Annual statistical returns and brief notes on vaccination in Bengal - 1909-1929
Year: 1909
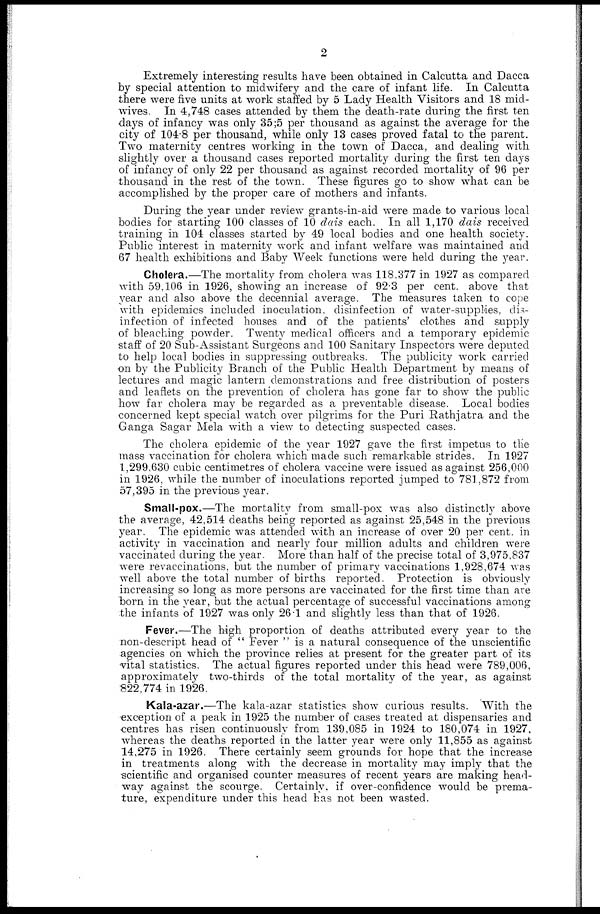
2
Extremely interesting results have been obtained in Calcutta and Dacca
by special attention to midwifery and the care of infant life. In Calcutta
there were five units at work staffed by 5 Lady Health Visitors and 18 mid-
wives. In 4,748 cases attended by them the death-rate during the first ten
days of infancy was only 35 ;5 per thousand as against the average for the
city of 104.8 per thousand, while only 13 cases proved fatal to the parent.
Two maternity centres working in the town of Dacca, and dealing with
slightly over a thousand cases reported mortality during the first ten days
of infancy of only 22 per thousand as against recorded mortality of 96 per
thousand in the rest of the town. These figures go to show what can be
accomplished by the proper care of mothers and infants.
During the year under review grants-in-aid were made to various local
bodies for starting 100 classes of 10 dais each. In all 1,170 dais received
training in 104 classes started by 49 local bodies and one health society.
Public interest in maternity work and infant welfare was maintained and
67 health exhibitions and Baby Week functions were held during the year.
Cholera.—The mortality from cholera was 118.377 in 1927 as compared
with 59,106 in 1926, showing an increase of 92.3 per cent. above that
year and also above the decennial average. The measures taken to cope
with epidemics included inoculation, disinfection of water-supplies, dis-
infection of infected houses and of the patients' clothes and supply
of bleaching powder. Twenty medical officers and a temporary epidemic
staff of 20 Sub-Assistant Surgeons and 100 Sanitary Inspectors were deputed
to help local bodies in suppressing outbreaks. The publicity work carried
on by the Publicity Branch of the Public Health Department by means of
lectures and magic lantern demonstrations and free distribution of posters
and leaflets on the prevention of cholera has gone far to show the public
how far cholera may be regarded as a preventable disease. Local bodies
concerned kept special watch over pilgrims for the Puri Rathjatra and the
Ganga Sagar Mela with a view to detecting suspected cases.
The cholera epidemic of the year 1927 gave the first impetus to the
mass vaccination for cholera which made such remarkable strides. In 1927
1,299,630 cubic centimetres of cholera vaccine were issued as against 256,000
in 1926, while the number of inoculations reported jumped to 781,872 from
57,395 in the previous year.
Small-pox.—The mortality from small-pox was also distinctly above
the average, 42,514 deaths being reported as against 25,548 in the previous
year. The epidemic was attended with an increase of over 20 per cent. in
activity in vaccination and nearly four million adults and children were
vaccinated during the year. More than half of the precise total of 3,975,837
were revaccinations, but the number of primary vaccinations 1,928,674 was
well above the total number of births reported. Protection is obviously
increasing so long as more persons are vaccinated for the first time than are
born in the year, but the actual percentage of successful vaccinations among
the infants of 1927 was only 26.1 and slightly less than that of 1926.
Fever.—The high proportion of deaths attributed every year to the
non-descript head of " Fever " is a natural consequence of the unscientific
agencies on which the province relies at present for the greater part of its
vital statistics. The actual figures reported under this head were 789,006,
approximately two-thirds of the total mortality of the year, as against
822,774 in 1926.
Kala-azar.—The kala-azar statistics show curious results. With the
exception of a peak in 1925 the number of cases treated at dispensaries and
centres has risen continuously from 139,085 in 1924 to 180,074 in 1927,
whereas the deaths reported in the latter year were only 11,855 as against
14,275 in 1926. There certainly seem grounds for hope that the increase
in treatments along with the decrease in mortality may imply that the
scientific and organised counter measures of recent years are making head-
way against the scourge. Certainly, if over-confidence would be prema-
ture, expenditure under this head has not been wasted.